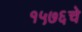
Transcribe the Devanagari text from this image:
१५७६चे